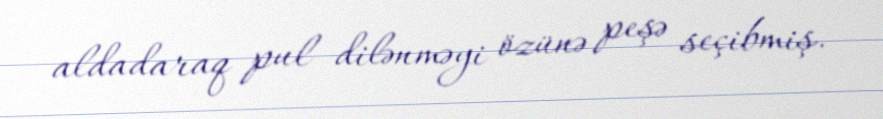
aldadaraq pul dilənməyi özünə peşə seçibmiş.